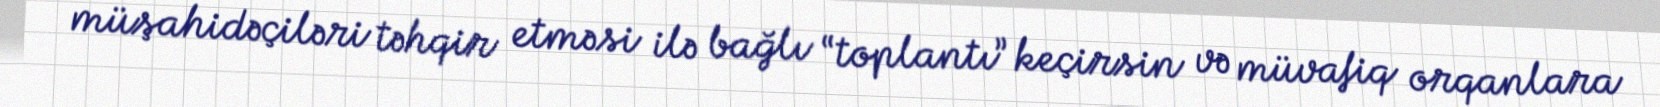
müşahidəçiləri təhqir etməsi ilə bağlı “toplantı” keçirsin və müvafiq orqanlara